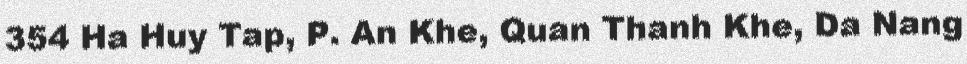
354 Ha Huy Tap, P. An Khe, Quan Thanh Khe, Da Nang